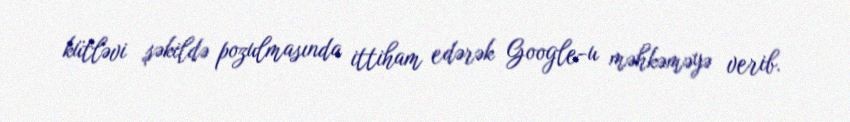
kütləvi şəkildə pozulmasında ittiham edərək Google-u məhkəməyə verib.